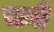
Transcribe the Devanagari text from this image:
ऋते